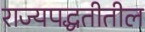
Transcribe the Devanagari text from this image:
राज्यपद्धतीतील